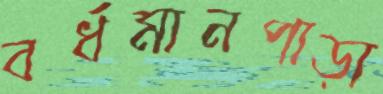
বর্ধমানপাড়া